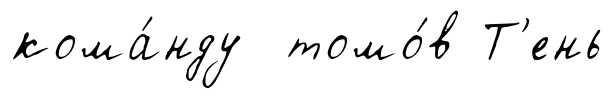
кома́нду томо́в Т'ень